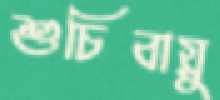
শুচিবায়ু